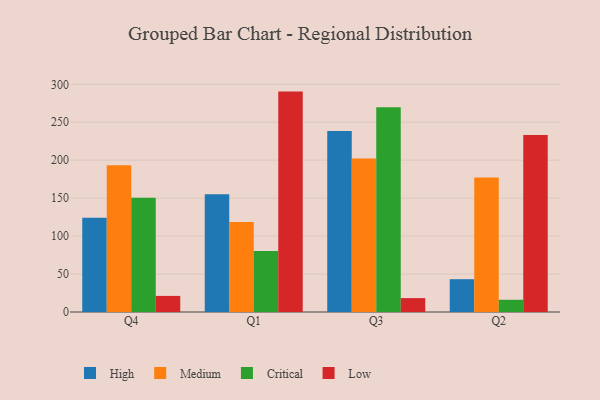
{"axis": {"x": "Quarter", "y": "Bounce Rate (%)"}, "legend": ["Critical", "High", "Low", "Medium"], "data": [{"x": "Q4", "y": 124.1, "type": "High"}, {"x": "Q4", "y": 193.2, "type": "Medium"}, {"x": "Q4", "y": 150.6, "type": "Critical"}, {"x": "Q4", "y": 21.2, "type": "Low"}, {"x": "Q1", "y": 155.3, "type": "High"}, {"x": "Q1", "y": 118.7, "type": "Medium"}, {"x": "Q1", "y": 80.5, "type": "Critical"}, {"x": "Q1", "y": 290.4, "type": "Low"}, {"x": "Q3", "y": 238.4, "type": "High"}, {"x": "Q3", "y": 202.4, "type": "Medium"}, {"x": "Q3", "y": 269.7, "type": "Critical"}, {"x": "Q3", "y": 18.3, "type": "Low"}, {"x": "Q2", "y": 43.2, "type": "High"}, {"x": "Q2", "y": 177.1, "type": "Medium"}, {"x": "Q2", "y": 16.1, "type": "Critical"}, {"x": "Q2", "y": 233.3, "type": "Low"}]}